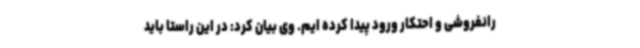
رانفروشی و احتکار ورود پیدا کرده ایم. وی بیان کرد: در این راستا باید